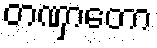
တဏှာတော